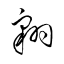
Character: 翺